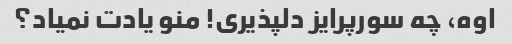
اوه، چه سورپرایز دلپذیری! منو یادت نمیاد؟